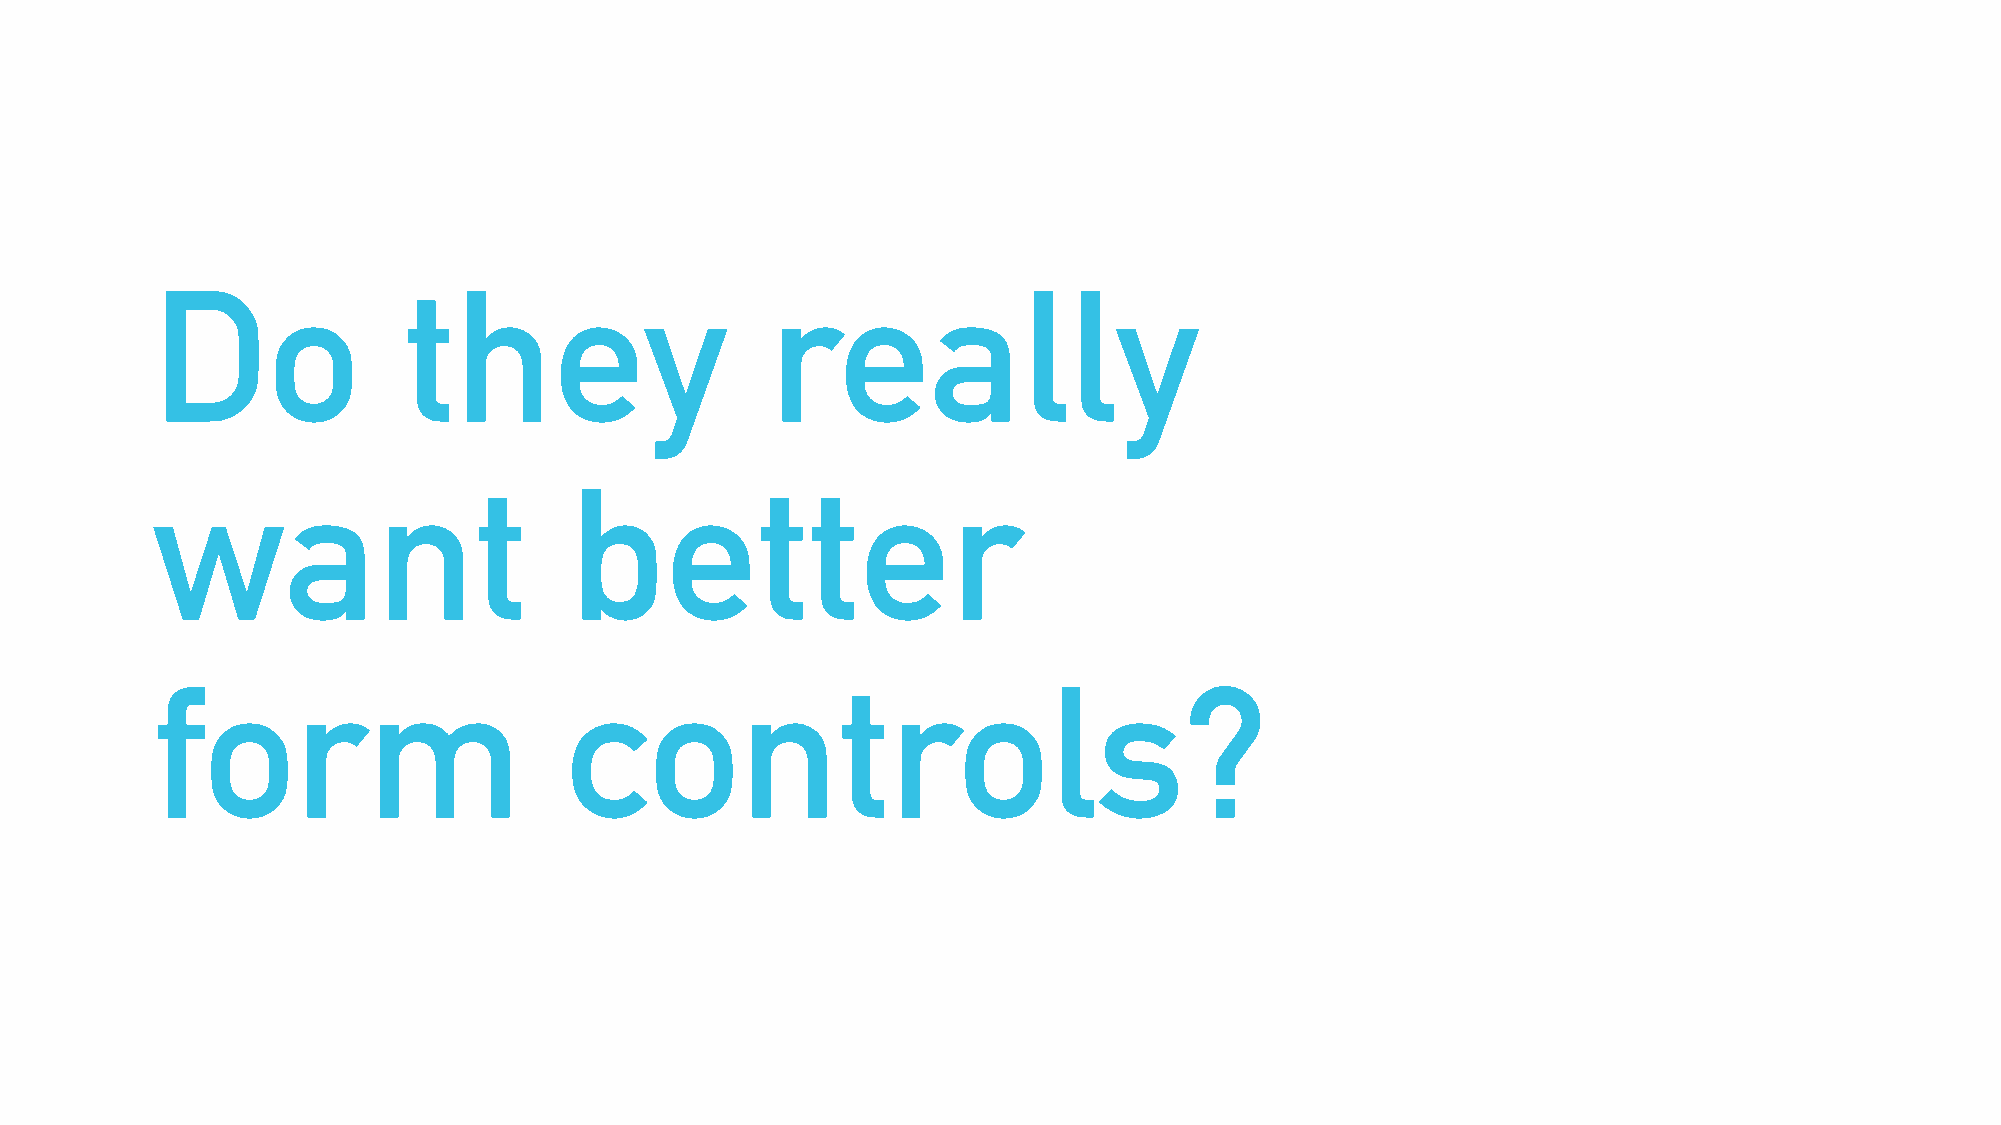
Do               they                    really
 want                        better
 form                        controls?